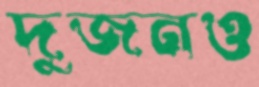
দুজনও